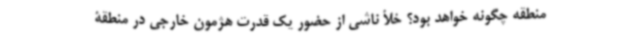
منطقه چگونه خواهد بود؟ خلأ ناشی از حضور یک قدرت هژمون خارجی در منطقۀ